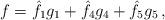
LaTeX: \begin{align*} f=\hat f_1g_1+\hat f_4 g_4+\hat f_5 g_5\,,\end{align*}